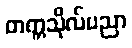
တက္ကသိုလ်ပညာ